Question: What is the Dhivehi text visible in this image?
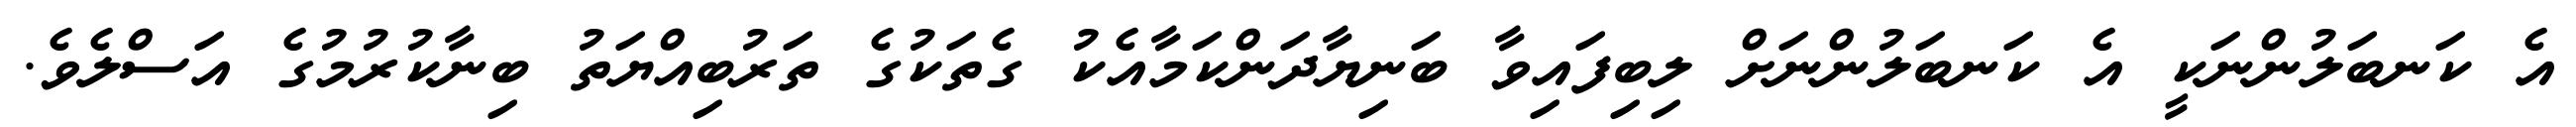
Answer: އެ ކަނބަލުންނަކީ އެ ކަނބަލުންނަށް ލިބިފައިވާ ބަނިޔާދަންކަމާއެކު ގެތަކުގެ ތަރުބިއްޔަތު ބިނާކުރުމުގެ އަސްލެވެ.